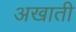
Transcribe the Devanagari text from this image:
अखाती